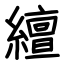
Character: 繵